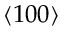
\left\langle 1 0 0 \right\rangle